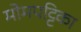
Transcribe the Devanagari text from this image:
मोमपट्टिका